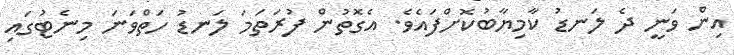
އިން ވަނީ ދެ ލަނޑު ކާމިޔާބުކޮށްފައެވެ. އެގޮތުން ފުރަތަމަ ލަނޑު ހަތްވަނަ މިނެޓުގައި